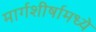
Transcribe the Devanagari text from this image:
मार्गशीर्षामध्ये